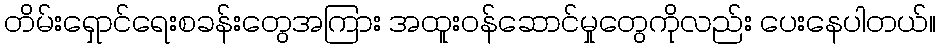
တိမ်းရှောင်ရေးစခန်းတွေအကြား အထူးဝန်ဆောင်မှုတွေကိုလည်း ပေးနေပါတယ်။